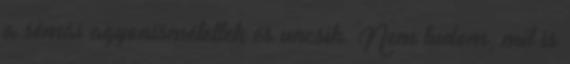
a sémái agyonismételtek és uncsik. Nem tudom, mit is